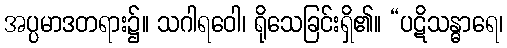
အပ္ပမာဒတရား၌။ သဂါရဝေါ၊ ရိုသေခြင်းရှိ၏။ “ပဋိသန္ဓာရေ၊